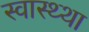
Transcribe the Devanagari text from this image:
स्वास्थ्था